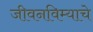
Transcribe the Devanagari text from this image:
जीवनविम्याचे